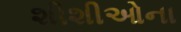
શીશીઓના